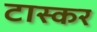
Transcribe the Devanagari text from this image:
टास्कर